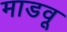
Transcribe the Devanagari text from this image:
माडवू